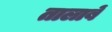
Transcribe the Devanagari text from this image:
तालाबें